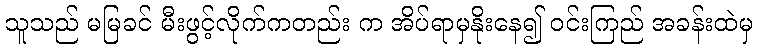
သူသည် မမြခင် မီးဖွင့်လိုက်ကတည်း က အိပ်ရာမှနိုးနေ၍ ဝင်းကြည် အခန်းထဲမှ